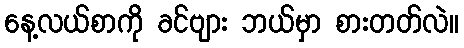
နေ့လယ်စာကို ခင်ဗျား ဘယ်မှာ စားတတ်လဲ။